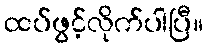
ထပ်ဖွင့်လိုက်ပါပြီ။